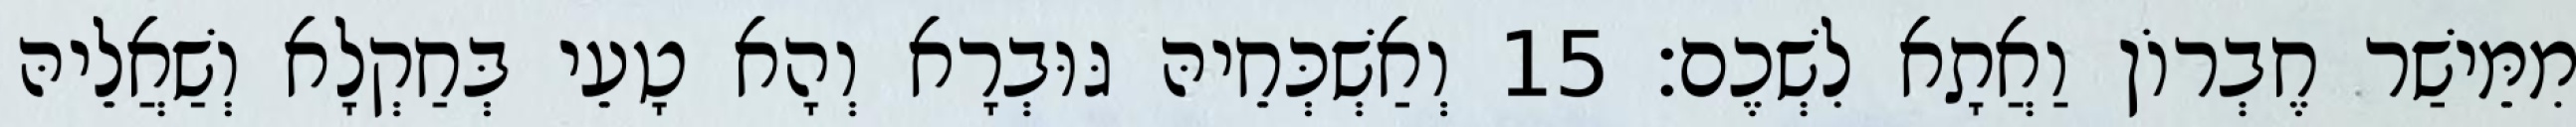
מִמֵּישַׁר חֶבְרוֹן וַאֲתָא לִשְׁכֶם׃ 15 וְאַשְׁכְּחֵיהּ גּוּבְרָא וְהָא טָעֵי בְּחַקְלָא וְשַׁאֲלֵיהּ